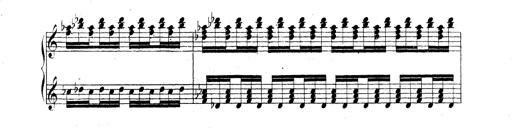
Title: Technische Studien
Composer: Franz Liszt